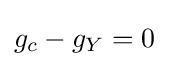
g_{c}-g_{Y}=0